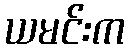
ယမင်းက